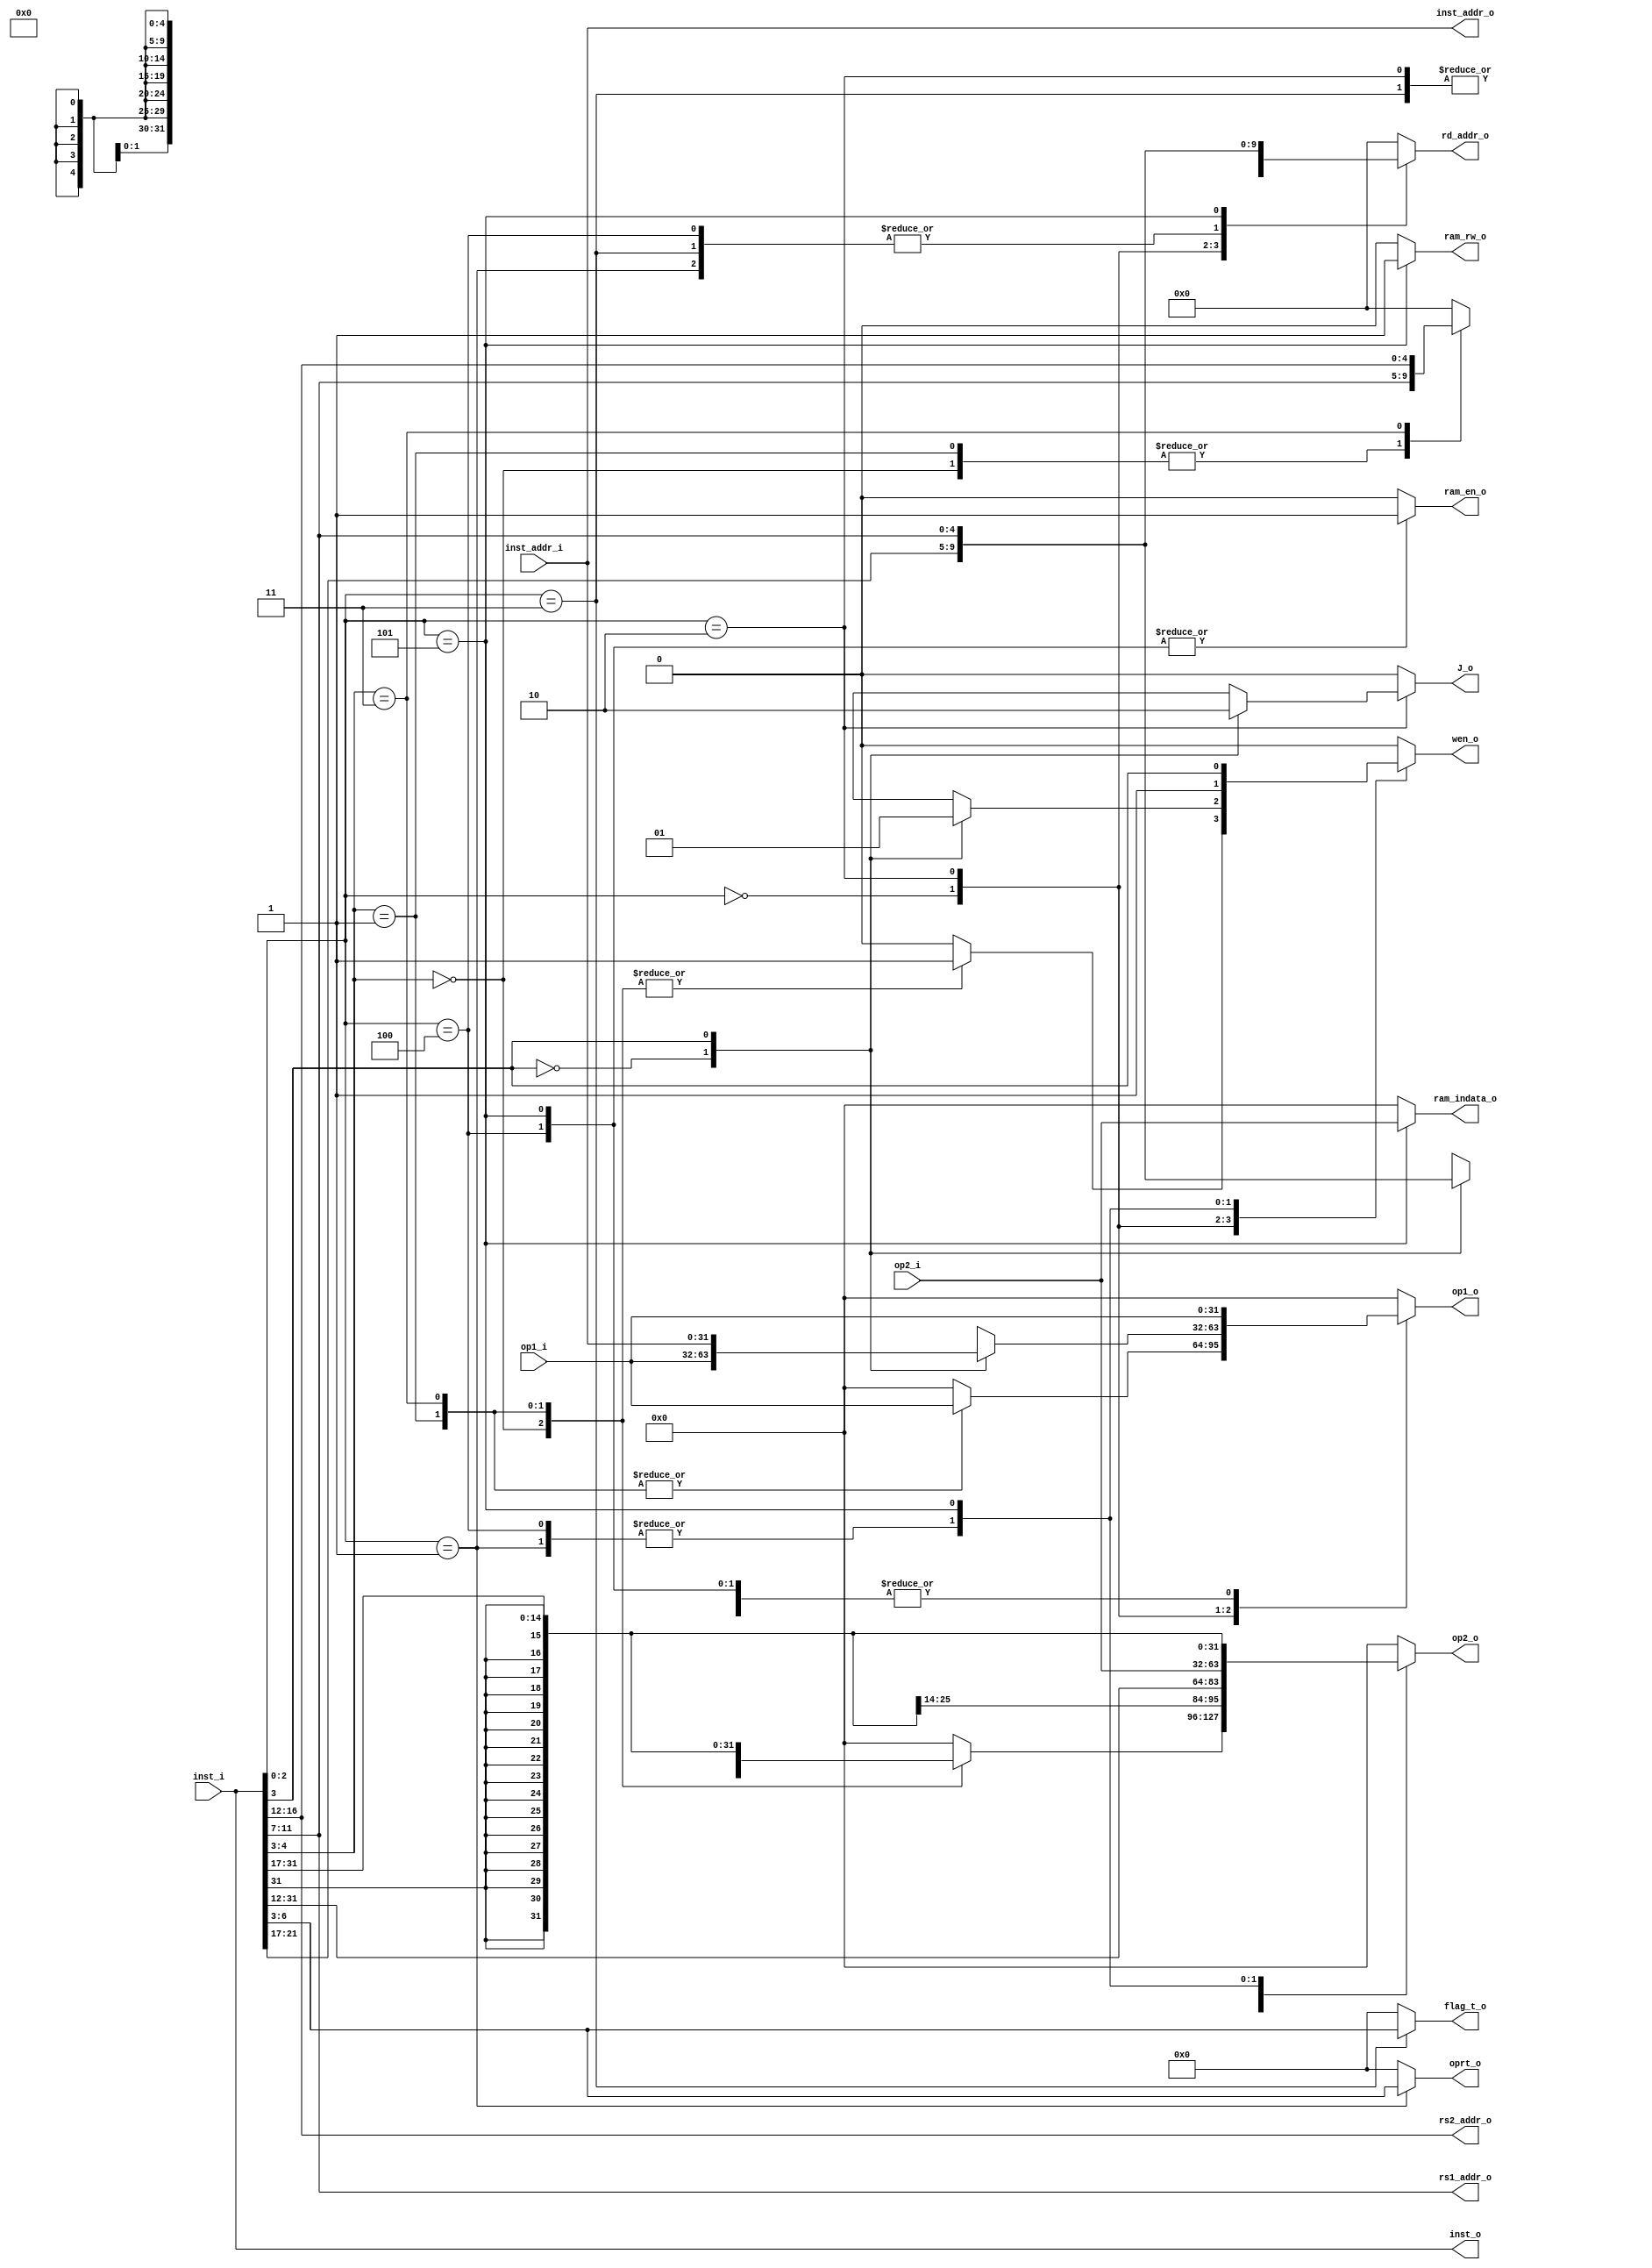
module id(
	input wire[31:0]  inst_i,
	input wire[31:0]  inst_addr_i,
	input wire[31:0]  op1_i,op2_i,
	output wire[31:0] inst_o, //
	output wire[31:0] inst_addr_o,//
	output wire[4:0]  rs1_addr_o, //
	output wire[4:0]  rs2_addr_o, //
	output reg[4:0]   rd_addr_o,
	output reg        ram_en_o, //directly switch to regs datain
	output reg		  ram_rw_o, 
	output reg 	      J_o,
	output reg[3:0]   flag_t_o,
	output reg[3:0]   oprt_o,
	output reg		  wen_o,
	output reg[31:0]  op1_o,
	output reg[31:0]  op2_o,
	output reg[31:0]  ram_indata_o
);
	wire[2:0]  opcode;
	wire[3:0]  func;
	wire[4:0]  rs1;
	wire[4:0]  rs2;
	wire[4:0]  rd;
	wire[19:0] imm20;
	wire[14:0] imm15;

	assign opcode = inst_i[2:0];
	assign func = inst_i[6:3];
	assign rs1 = inst_i[11:7];
	assign rs2 = inst_i[16:12];
	assign rd =  inst_i[21:17];
	assign imm20 = inst_i[31:12];
	assign imm15 = inst_i[31:17];

	assign rs1_addr_o = rs1;
	assign rs2_addr_o = rs2;
	assign inst_addr_o = inst_addr_i;
	assign inst_o = inst_i;

	always @(*) begin
		if (opcode == 3'b101) begin
			ram_indata_o = op2_i;
		end
		else begin
			ram_indata_o = 32'b0;
		end

		case(opcode)
			3'b000:  begin
				case(func[1:0])
					2'b00: begin//IMM20
						op1_o = 32'b0;
						op2_o = {{12{imm20[19]}}, imm20};
						rd_addr_o = rs1;
						ram_en_o = 0;
						ram_rw_o = 0;
						J_o = 0;
						flag_t_o = 4'b0;
						oprt_o = 4'b0;
						wen_o = 1;
					end
					2'b01: begin//IMLS
						op1_o = op1_i;
						op2_o = ({{17{1'b0}}, imm15} << 17);
						rd_addr_o = rs1;
						ram_en_o = 0;
						ram_rw_o = 0;
						J_o = 0;
						flag_t_o = 4'b0;
						oprt_o = 4'b0;
						wen_o = 1;
					end
					2'b11: begin//ADDI
						op1_o = op1_i;
						op2_o = {{17{imm15[14]}}, imm15};
						rd_addr_o = rs2;
						ram_en_o = 0;
						ram_rw_o = 0;
						J_o = 0;
						flag_t_o = 4'b0;
						oprt_o = 4'b0;
						wen_o = 1;
					end
					default: begin
						op1_o = 32'b0;
						op2_o = 32'b0;
						rd_addr_o = 5'b0;
						ram_en_o = 0;
						ram_rw_o = 0;
						J_o = 0;
						flag_t_o = 4'b0;
						oprt_o = 4'b0;
						wen_o = 0;
					end
				endcase
			end

			3'b001: begin //CAL
				op1_o = op1_i;
				op2_o = op2_i;
				rd_addr_o = rd;
				ram_en_o = 0;
				ram_rw_o = 0;
				J_o = 0;
				flag_t_o = 4'b0;
				oprt_o = func;
				wen_o = 1;
			end

			3'b010: begin 
				case(func[0]) 
					1'b0: begin //J
						op1_o = op1_i;
						op2_o = {{12{imm20[19]}}, imm20};//
						rd_addr_o = rd;//
						ram_en_o = 0;//
						ram_rw_o = 0;//
						J_o = 1;//
						flag_t_o = 4'b0;//
						oprt_o = 4'b0;//
						wen_o = 0;//
					end
					1'b1: begin //Link
						op1_o = inst_addr_i;
						op2_o = {{12{imm20[19]}}, imm20};
						rd_addr_o = rs1;
						ram_en_o = 0;
						ram_rw_o = 0;
						J_o = 0;
						flag_t_o = 4'b0;
						oprt_o = 4'b0;
						wen_o = 1;
					end
					default: begin
						op1_o = 32'b0;
						op2_o = 32'b0;
						rd_addr_o = 5'b0;
						ram_en_o = 0;
						ram_rw_o = 0;
						J_o = 0;
						flag_t_o = 4'b0;
						oprt_o = 4'b0;
						wen_o = 0;
					end
				endcase
			end

			3'b011: begin //B
				op1_o = op1_i;
				op2_o = {{12{imm20[19]}}, imm20};
				rd_addr_o = rd;
				ram_en_o = 0;
				ram_rw_o = 0;
				J_o = 0;
				flag_t_o = func;
				oprt_o = 4'b0;
				wen_o = 0;		
			end

			3'b100: begin //Load
				op1_o = op1_i; //to ramADDR
				op2_o = op2_i;
				rd_addr_o = rd; 
				ram_en_o = 1;
				ram_rw_o = 0;
				J_o = 0;
				flag_t_o = 4'b0;
				oprt_o = 4'b0;
				wen_o = 1;		
			end

			3'b101: begin //STORE
				op1_o = op1_i; //toramADDR and aluop1
				op2_o = {{17{imm15[14]}}, imm15}; //toalu op2
				rd_addr_o = rs1;
				ram_en_o = 1;
				ram_rw_o = 1;
				J_o = 0;
				flag_t_o = 4'b0;
				oprt_o = 4'b0;
				wen_o = func[0];
			end
				
			default: begin
				op1_o = 32'b0;
				op2_o = 32'b0;
				rd_addr_o = 5'b0;
				ram_en_o = 0;
				ram_rw_o = 0;
				J_o = 0;
				flag_t_o = 4'b0;
				oprt_o = 4'b0;
				wen_o = 0;
			end
		endcase

	end
	
endmodule